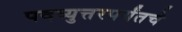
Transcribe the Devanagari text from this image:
पदव्युत्तरपर्यंतचे